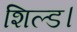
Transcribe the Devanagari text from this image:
शिल्ड।